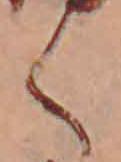
く